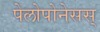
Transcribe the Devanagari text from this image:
पेलोपोनेसस्‌